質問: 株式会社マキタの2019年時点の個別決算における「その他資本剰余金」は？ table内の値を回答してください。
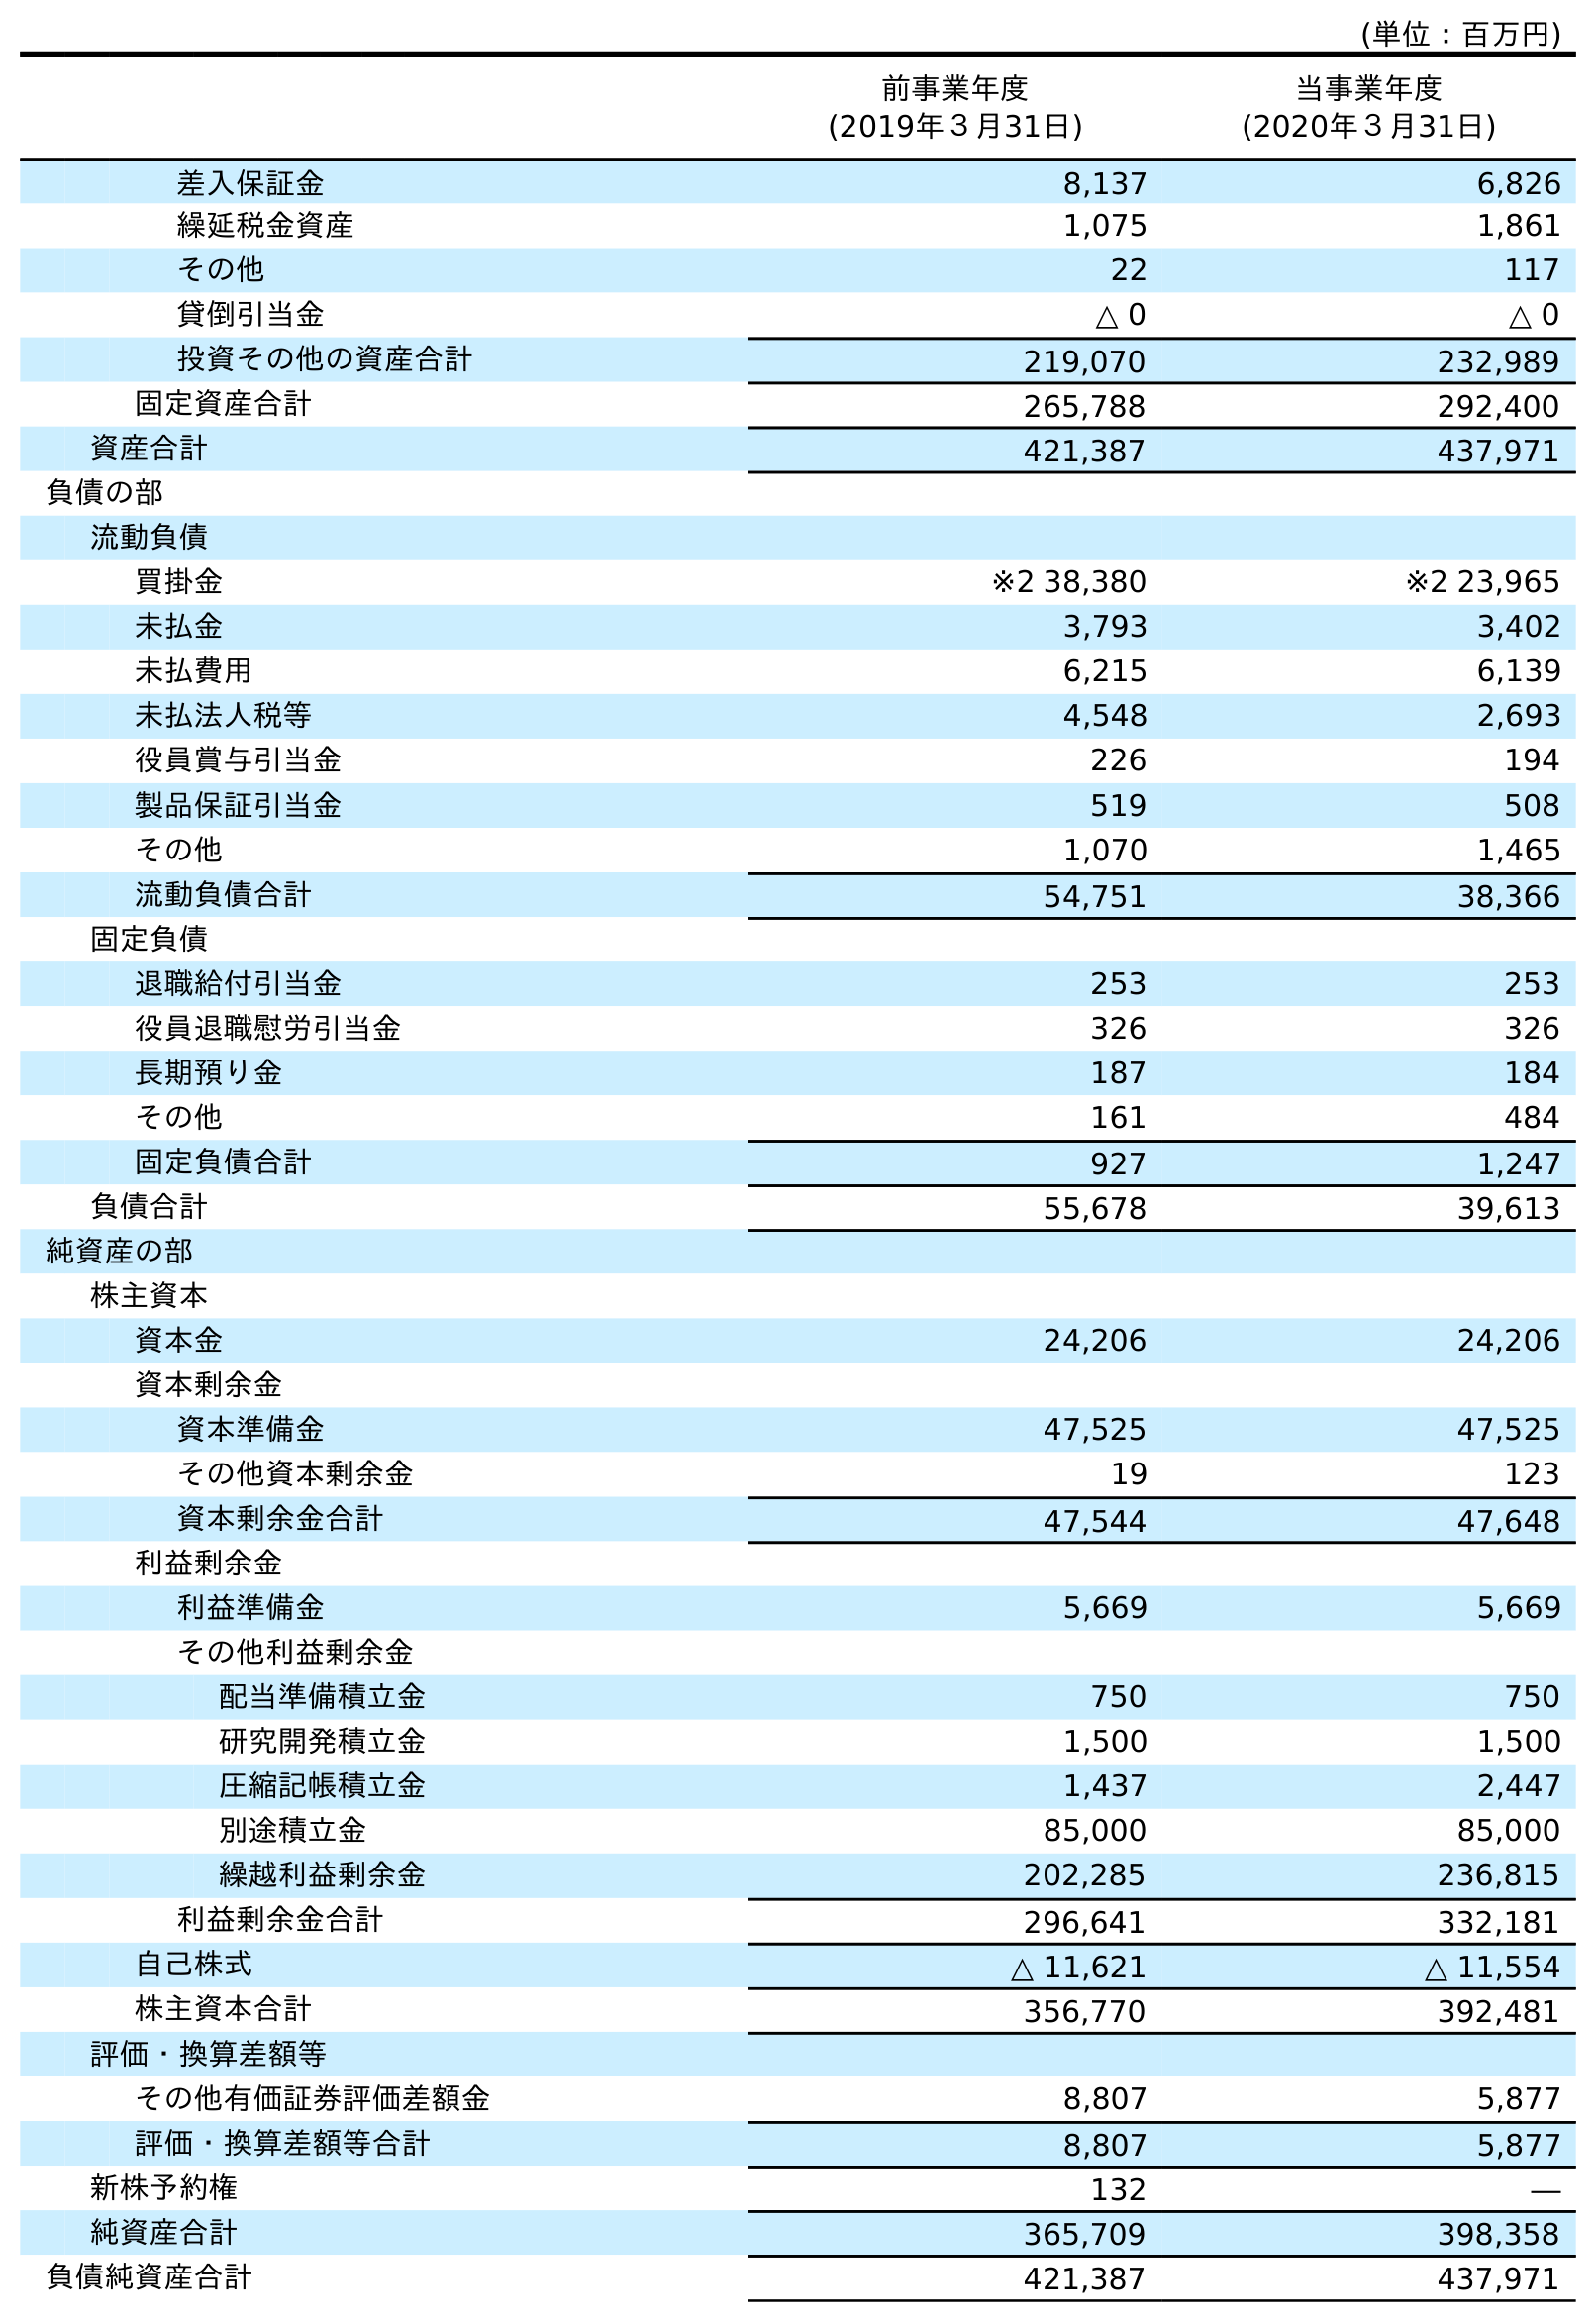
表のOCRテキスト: (単位：百万円) 前事業年度 (2019年３月31日) 当事業年度 (2020年３月31日) 差入保証金 8,137 6,826 繰延税金資産 1,075 1,861 その他 22 117 貸倒引当金 △ 0 △ 0 投資その他の資産合計 219,070 232,989 固定資産合計 265,788 292,400 資産合計 421,387 437,971 負債の部 流動負債 買掛金 ※2 38,380 ※2 23,965 未払金 3,793 3,402 未払費用 6,215 6,139 未払法人税等 4,548 2,693 役員賞与引当金 226 194 製品保証引当金 519 508 その他 1,070 1,465 流動負債合計 54,751 38,366 固定負債 退職給付引当金 253 253 役員退職慰労引当金 326 326 長期預り金 187 184 その他 161 484 固定負債合計 927 1,247 負債合計 55,678 39,613 純資産の部 株主資本 資本金 24,206 24,206 資本剰余金 資本準備金 47,525 47,525 その他資本剰余金 19 123 資本剰余金合計 47,544 47,648 利益剰余金 利益準備金 5,669 5,669 その他利益剰余金 配当準備積立金 750 750 研究開発積立金 1,500 1,500 圧縮記帳積立金 1,437 2,447 別途積立金 85,000 85,000 繰越利益剰余金 202,285 236,815 利益剰余金合計 296,641 332,181 自己株式 △ 11,621 △ 11,554 株主資本合計 356,770 392,481 評価・換算差額等 その他有価証券評価差額金 8,807 5,877 評価・換算差額等合計 8,807 5,877 新株予約権 132 ― 純資産合計 365,709 398,358 負債純資産合計 421,387 437,971
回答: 19